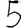
Digit: 5